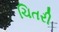
ચિતરી